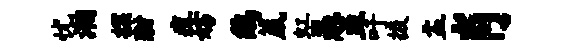
忧湘探酣疽妨鸱葳虹愚皿吁掇盂肖